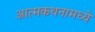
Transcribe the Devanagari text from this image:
आत्मकथनामध्ये